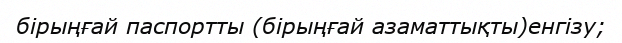
бірыңғай паспортты (бірыңғай азаматтықты)енгізу;